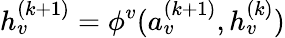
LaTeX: h_{v}^{(k+1)}=\phi^{v}(a_{v}^{(k+1)},h_{v}^{(k)})